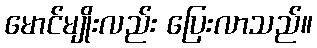
မောင်မျိုးလည်း ပြေးလာသည်။